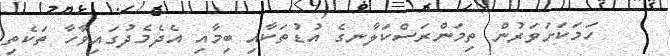
ހަމަކަށަވަރުން ތިމަންރަސްކަލާނގެ އުޑުތަކާއި ބިމާއި އެދެމެދުގައިވާހާ ތަކެތި